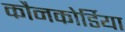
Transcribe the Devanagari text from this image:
कौनकोर्डिया